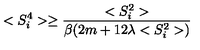
< S _ { i } ^ { 4 } > \ge \frac { < S _ { i } ^ { 2 } > } { \beta ( 2 m + 1 2 \lambda < S _ { i } ^ { 2 } > ) }